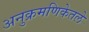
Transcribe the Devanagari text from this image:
अनुक्रमणिकेतले